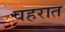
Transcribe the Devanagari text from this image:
वहरात